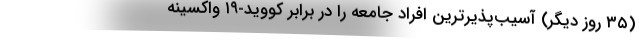
(۳۵ روز دیگر) آسیب‌پذیرترین افراد جامعه را در برابر کووید-۱۹ واکسینه